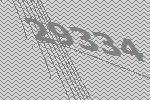
29334